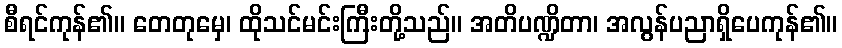
စီရင်ကုန်၏။ တေတုမှေ၊ ထိုသင်မင်းကြီးတို့သည်။ အတိပဏ္ဍိတာ၊ အလွန်ပညာရှိပေကုန်၏။